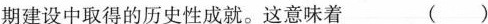
期建设中取得的历史性成就。这意味着 ()